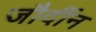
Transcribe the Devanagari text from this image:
जौर्दीन